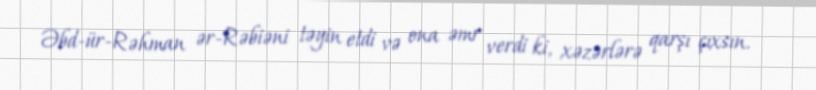
Əbd-ür-Rəhman ər-Rəbiəni təyin etdi və ona əmr verdi ki, xəzərlərə qarşı çıxsın.